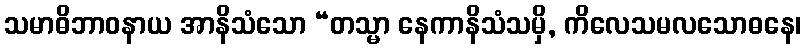
သမာဓိဘာဝနာယ အာနိသံသော “တသ္မာ နေကာနိသံသမှိ, ကိလေသမလသောဓနေ၊